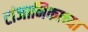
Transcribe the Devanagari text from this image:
टांजानिकाच्या